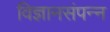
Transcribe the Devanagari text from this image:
विज्ञानसंपन्न